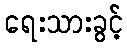
ရေးသားခွင့်